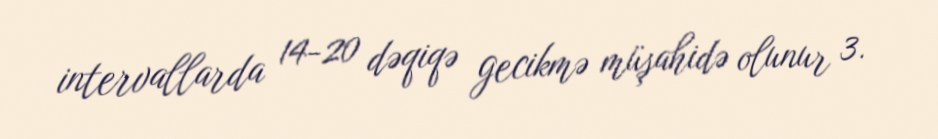
intervallarda 14-20 dəqiqə gecikmə müşahidə olunur 3.